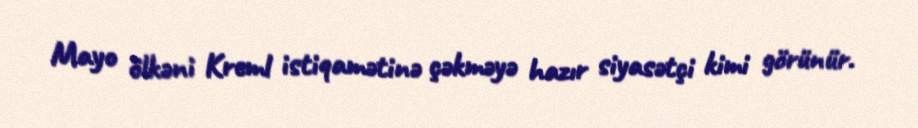
Mayo ölkəni Kreml istiqamətinə çəkməyə hazır siyasətçi kimi görünür.